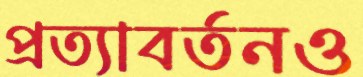
প্রত্যাবর্তনও